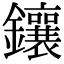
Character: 鑲